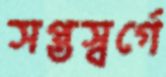
সপ্তস্বর্গে